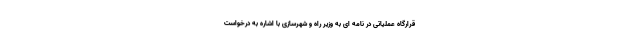
قرارگاه عملیاتی در نامه ای به وزیر راه و شهرسازی با اشاره به درخواست